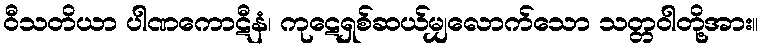
ဝီသတိယာ ပါဏကောဋီနံ၊ ကုဋေရှစ်ဆယ်မျှလောက်သော သတ္တဝါတို့အား။